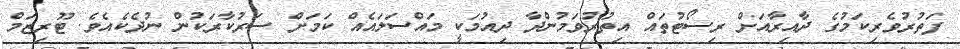
ފަތުރުވެރިކަމުގެ ދާއިރާއަށް ރިސޯޓުތައް އިތުރުވަމުންދާ ދިއުމަކީ މައްސަލައެއް ކަމަށް ސަރުކާރަކުން ނުދެކެއެވެ. ޓޫރިޒަމް